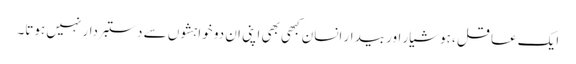
ایک عاقل ، ہوشیار اور بیدار انسان کبھی بھی اپنی ان دو خواہشوں سے دستبردار نہیں ہوتا۔